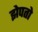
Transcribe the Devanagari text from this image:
झेपतो